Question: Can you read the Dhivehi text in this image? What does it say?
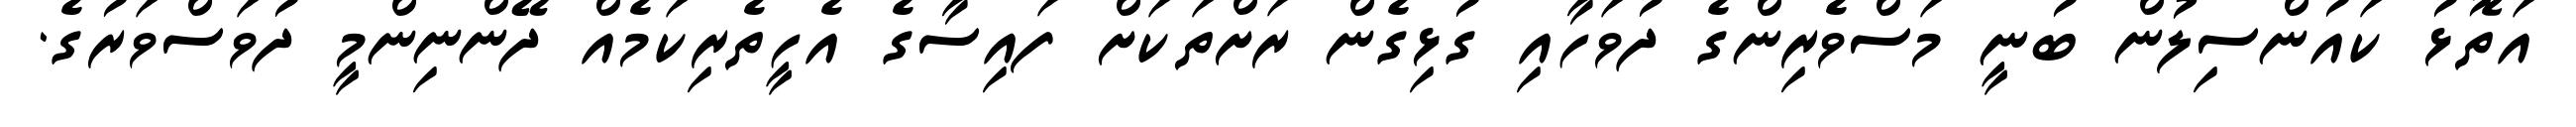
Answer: އަތޮޅު ކައުންސިލުން ބުނީ މަސްވެރިންގެ ދުވަހާއި ގުޅިގެން ރަށްތަކަށް ފައިސާގެ އެހީތެރިކަމެއް ދޭންނިންމީ ދުވަސްވަރުގެ.